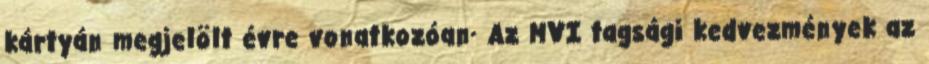
kártyán megjelölt évre vonatkozóan· Az MVI tagsági kedvezmények az